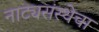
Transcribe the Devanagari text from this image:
नाट्यसंस्थेचा